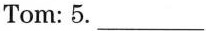
Tom: 5. ___